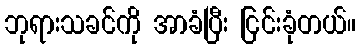
ဘုရားသခင်ကို အာခံပြီး ငြင်းခုံတယ်။